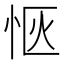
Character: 𪫯